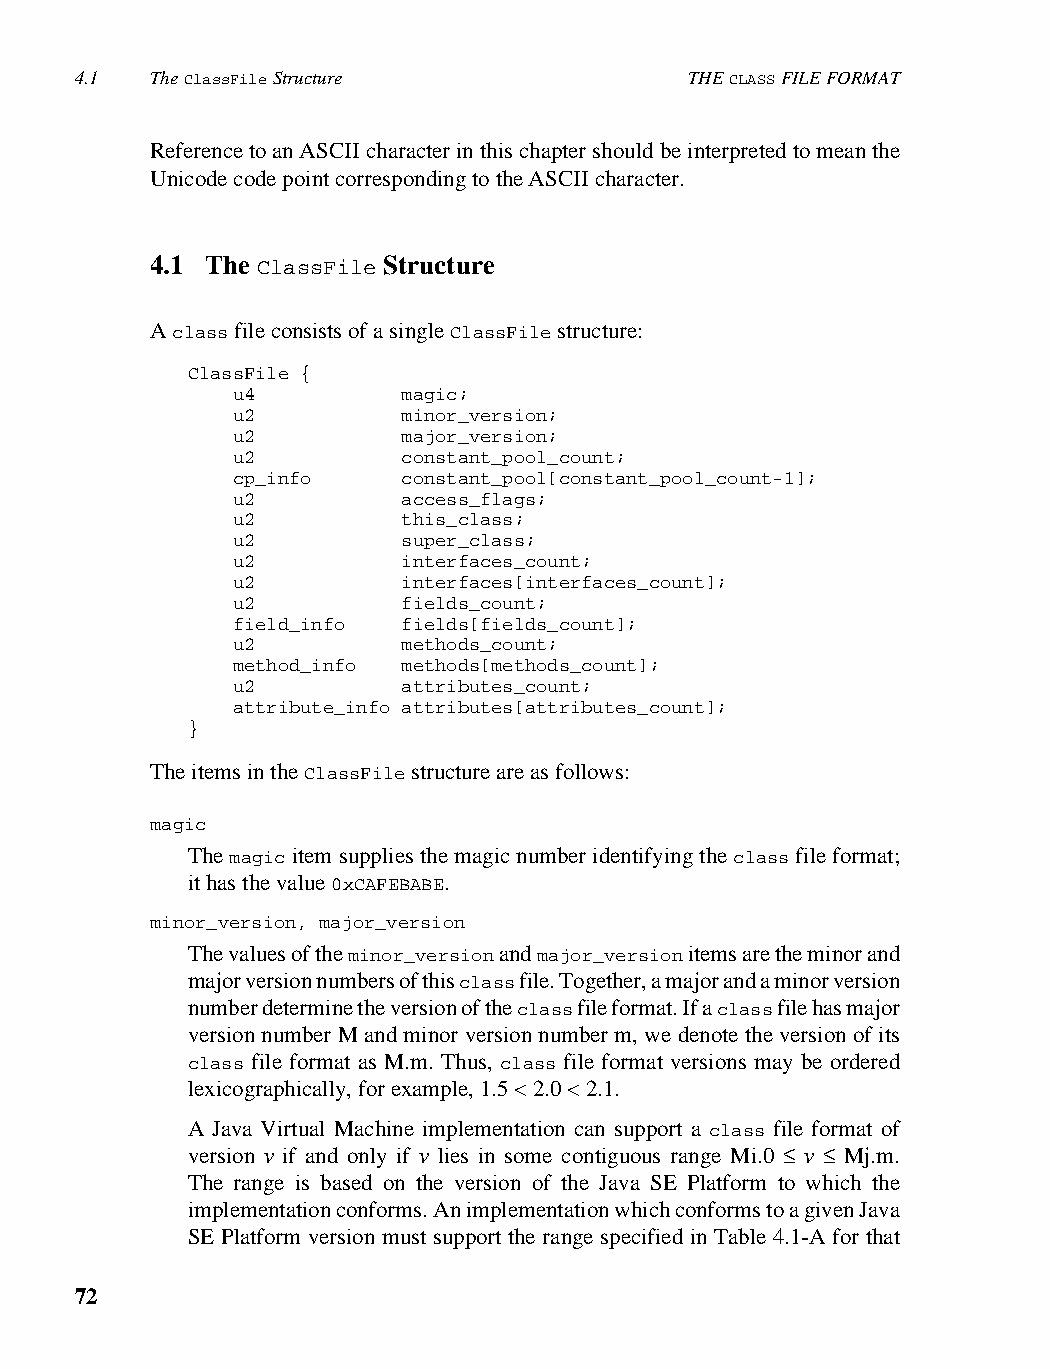
4.1  The ClassFile Structure             THE CLASS FILE FORMAT
 Reference to an ASCII character in this chapter should be interpreted to mean the
 Unicode code point corresponding to the ASCII character.
 4.1 The ClassFile Structure
 A class file consists of a single ClassFile structure:
 ClassFile {
 u4          magic;
 u2          minor_version;
 u2          major_version;
 u2          constant_pool_count;
 cp_info     constant_pool[constant_pool_count-1];
 u2          access_flags;
 u2          this_class;
 u2          super_class;
 u2          interfaces_count;
 u2          interfaces[interfaces_count];
 u2          fields_count;
 field_info  fields[fields_count];
 u2          methods_count;
 method_info methods[methods_count];
 u2          attributes_count;
 attribute_info attributes[attributes_count];
 }
 The items in the ClassFile structure are as follows:
 magic
 The magic item supplies the magic number identifying the class file format;
 it has the value 0xCAFEBABE.
 minor_version, major_version
 The values of the minor_version and major_version items are the minor and
 major version numbers of this class file. Together, a major and a minor version
 number determine the version of the class file format. If a class file has major
 version number M and minor version number m, we denote the version of its
 class file format as M.m. Thus, class file format versions may be ordered
 lexicographically, for example, 1.5 < 2.0 < 2.1.
 A Java Virtual Machine implementation can support a class file format of
 version v if and only if v lies in some contiguous range Mi.0 ≤ v ≤ Mj.m.
 The range is based on the version of the Java SE Platform to which the
 implementation conforms. An implementation which conforms to a given Java
 SE Platform version must support the range specified in Table 4.1-A for that
 72